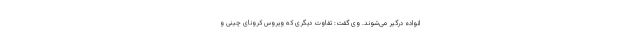
انواده درگیر می‌شوند. وی گفت: تفاوت دیگری که ویروس کرونای چینی و